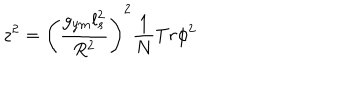
z ^ { 2 } = \left( { \frac { g _ { y m } l _ { s } ^ { 2 } } { R ^ { 2 } } } \right) ^ { 2 } { \frac { 1 } { N } } T r { \phi } ^ { 2 }